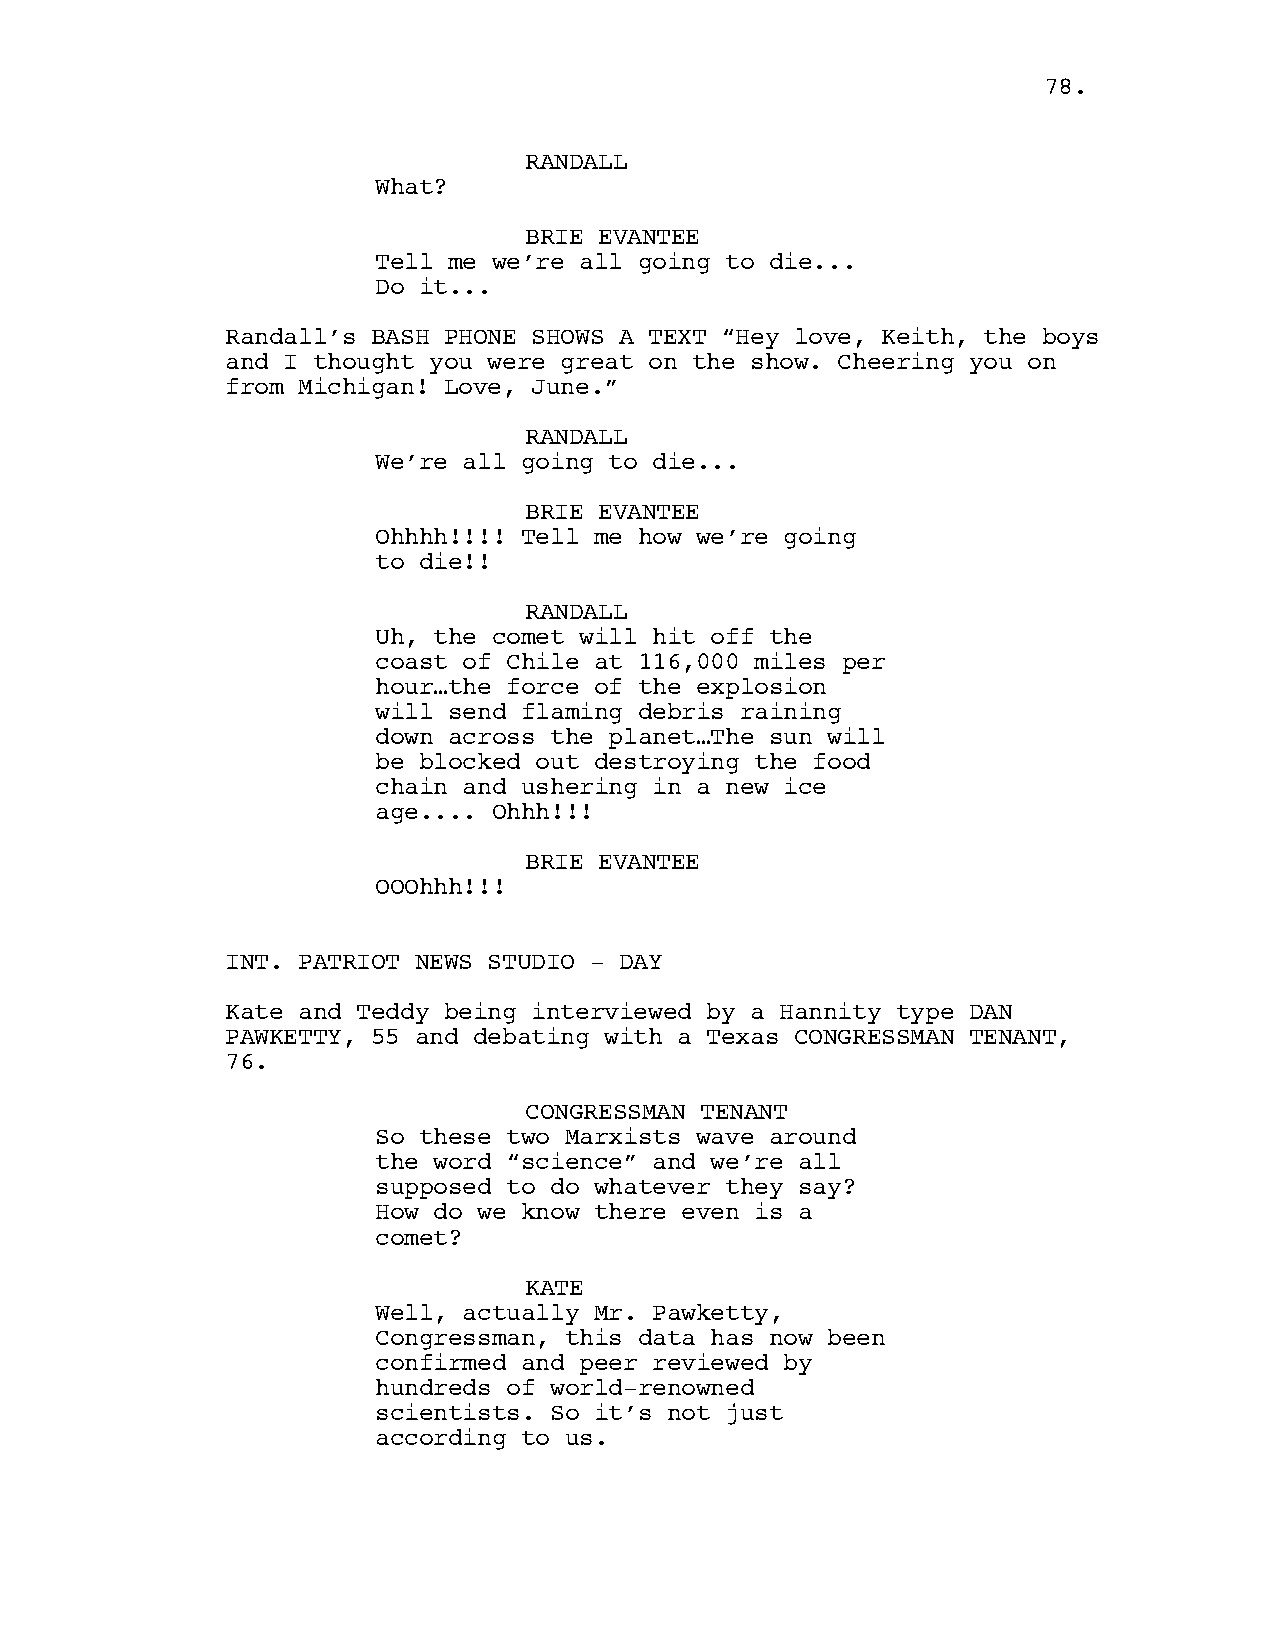
7788..
 RANDALL
 What?
 BRIE EVANTEE
 Tell me we’re all going to die...
 Do it...
 Randall’s BASH PHONE SHOWS A TEXT “Hey love, Keith, the boys
 and I thought you were great on the show. Cheering you on
 from Michigan! Love, June.”
 RANDALL
 We’re all going to die...
 BRIE EVANTEE
 Ohhhh!!!! Tell me how we’re going
 to die!!
 RANDALL
 Uh, the comet will hit off the
 coast of Chile at 116,000 miles per
 hour…the force of the explosion
 will send flaming debris raining
 down across the planet…The sun will
 be blocked out destroying the food
 chain and ushering in a new ice
 age.... Ohhh!!!
 BRIE EVANTEE
 OOOhhh!!!
 INT. PATRIOT NEWS STUDIO - DAY
 Kate and Teddy being interviewed by a Hannity type DAN
 PAWKETTY, 55 and debating with a Texas CONGRESSMAN TENANT,
 76.
 CONGRESSMAN TENANT
 So these two Marxists wave around
 the word “science” and we’re all
 supposed to do whatever they say?
 How do we know there even is a
 comet?
 KATE
 Well, actually Mr. Pawketty,
 Congressman, this data has now been
 confirmed and peer reviewed by
 hundreds of world-renowned
 scientists. So it’s not just
 according to us.